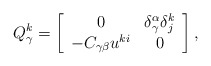
\begin{align*}Q_{\gamma }^{k}=\left[ \begin{array}{cc}0 & \delta _{\gamma }^{\alpha }\delta _{j}^{k} \\ -C_{\gamma \beta }u^{ki} & 0\end{array}\right] , \end{align*}